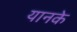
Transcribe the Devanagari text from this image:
यानके